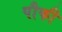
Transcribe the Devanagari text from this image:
पौफी